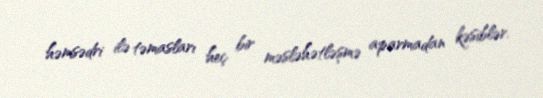
həmsədri ilə təmasları heç bir məsləhətləşmə aparmadan kəsiblər.